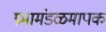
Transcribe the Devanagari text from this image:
प्रभामंडळमापक